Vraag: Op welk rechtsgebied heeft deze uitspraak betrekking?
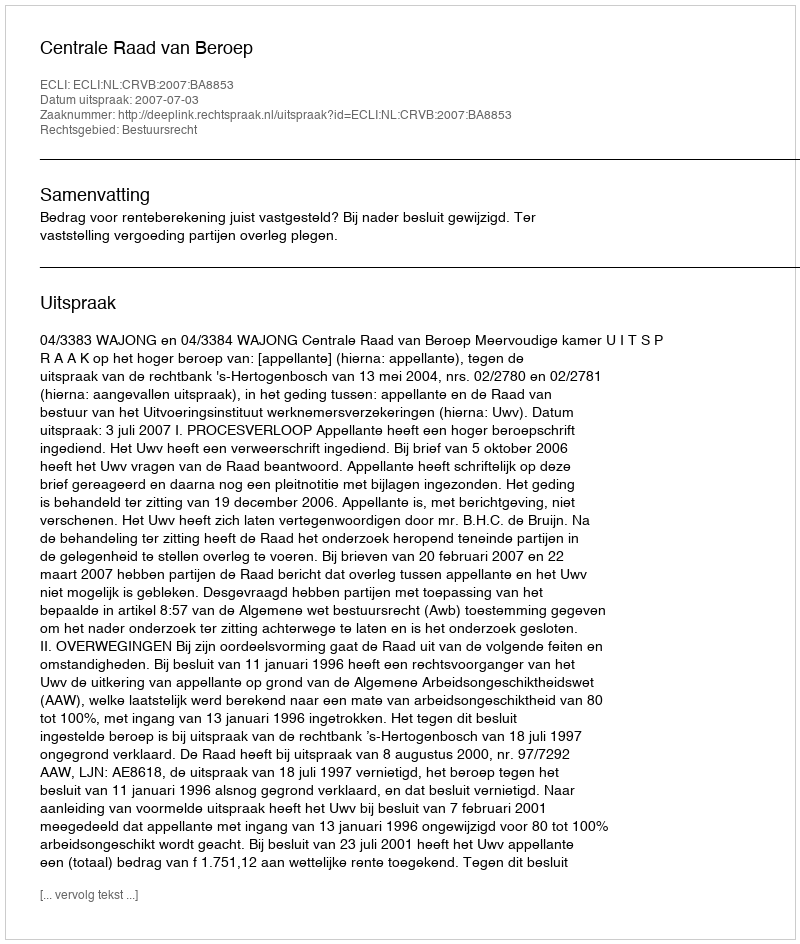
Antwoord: Bestuursrecht